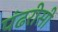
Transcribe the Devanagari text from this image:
पंढरीसी